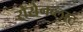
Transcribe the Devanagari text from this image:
रोसेनब्लाट